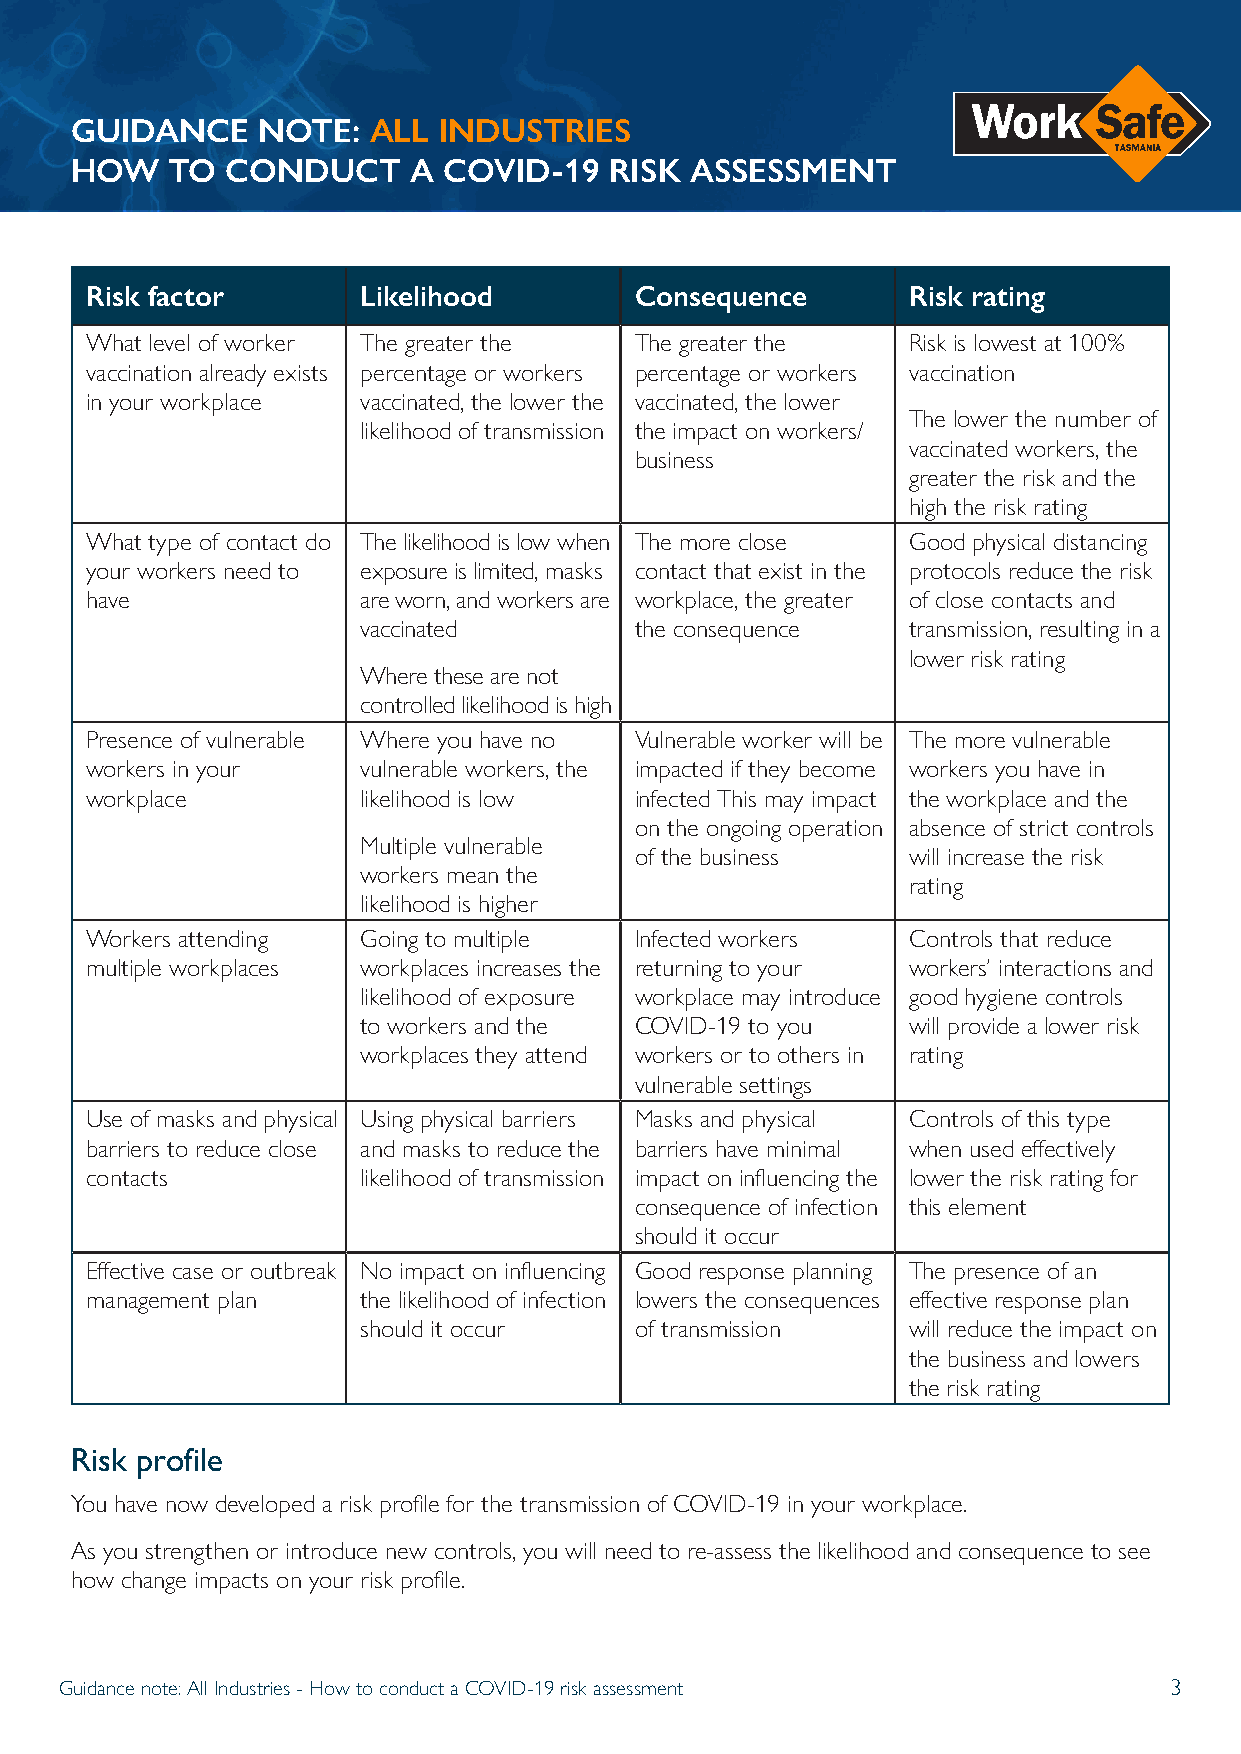
GUIDANCE    NOTE:  ALL  INDUSTRIES
 HOW   TO  CONDUCT     A COVID-19   RISK  ASSESSMENT
 Risk factor       Likelihood        Consequence       Risk rating
 What level of worker The greater the The greater the  Risk is lowest at 100%
 vaccination already exists percentage or workers percentage or workers vaccination
 in your workplace vaccinated, the lower the vaccinated, the lower
 The lower the number of
 likelihood of transmission the impact on workers/
 vaccinated workers, the
 business
 greater the risk and the
 high the risk rating
 What type of contact do The likelihood is low when The more close Good physical distancing
 your workers need to exposure is limited, masks contact that exist in the protocols reduce the risk
 have              are worn, and workers are workplace, the greater of close contacts and
 vaccinated        the consequence   transmission, resulting in a
 lower risk rating
 Where these are not
 controlled likelihood is high
 Presence of vulnerable Where you have no Vulnerable worker will be The more vulnerable
 workers in your   vulnerable workers, the impacted if they become workers you have in
 workplace         likelihood is low infected This may impact the workplace and the
 on the ongoing operation absence of strict controls
 Multiple vulnerable
 of the business   will increase the risk
 workers mean the
 rating
 likelihood is higher
 Workers attending Going to multiple Infected workers  Controls that reduce
 multiple workplaces workplaces increases the returning to your workers’ interactions and
 likelihood of exposure workplace may introduce good hygiene controls
 to workers and the COVID-19 to you  will provide a lower risk
 workplaces they attend workers or to others in rating
 vulnerable settings
 Use of masks and physical Using physical barriers Masks and physical Controls of this type
 barriers to reduce close and masks to reduce the barriers have minimal when used effectively
 contacts          likelihood of transmission impact on influencing the lower the risk rating for
 consequence of infection this element
 should it occur
 Effective case or outbreak No impact on influencing Good response planning The presence of an
 management plan   the likelihood of infection lowers the consequences effective response plan
 should it occur   of transmission   will reduce the impact on
 the business and lowers
 the risk rating
 Risk profile
 You have now developed a risk profile for the transmission of COVID-19 in your workplace.
 As you strengthen or introduce new controls, you will need to re-assess the likelihood and consequence to see
 how change impacts on your risk profile.
 Guidance note: All Industries - How to conduct a COVID-19 risk assessment 3